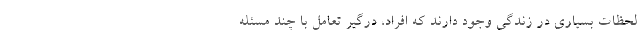
لحظات بسیاری در زندگی وجود دارند که افراد، درگیر تعامل با چند مسئله